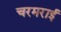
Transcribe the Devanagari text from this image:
चरमराई